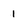
Character: 1